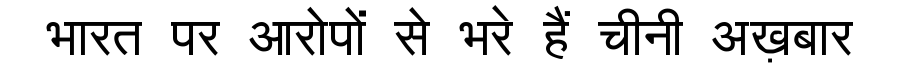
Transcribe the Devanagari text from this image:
भारत पर आरोपों से भरे हैं चीनी अख़बार